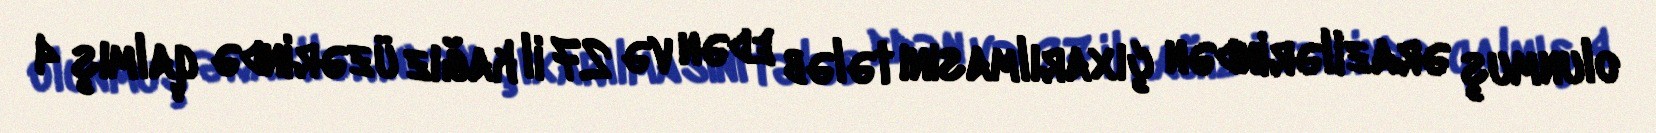
olunmuş ərazilərindən çıxarılmasını tələb edən və 27 il kağız üzərində qalmış 4